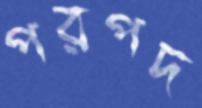
পরপদ